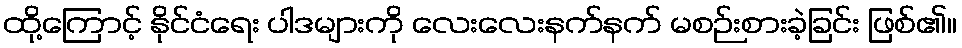
ထို့ကြောင့် နိုင်ငံရေး ပါဒများကို လေးလေးနက်နက် မစဉ်းစားခဲ့ခြင်း ဖြစ်၏။